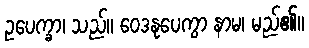
ဥပေက္ခာ၊ သည်။ ဝေဒနုပေကွာ နာမ၊ မည်၏။